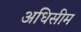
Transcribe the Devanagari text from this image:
अधिसीम